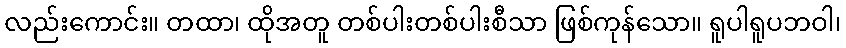
လည်းကောင်း။ တထာ၊ ထိုအတူ တစ်ပါးတစ်ပါးစီသာ ဖြစ်ကုန်သော။ ရူပါရူပဘဝါ၊